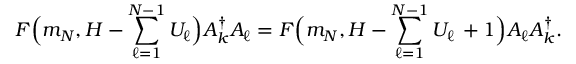
F \Big ( m _ { N } , H - \sum _ { \ell = 1 } ^ { N - 1 } { U } _ { \ell } \Big ) { \cal A } _ { k } ^ { \dagger } { \cal A } _ { \ell } = F \Big ( m _ { N } , H - \sum _ { \ell = 1 } ^ { N - 1 } { U } _ { \ell } \, + 1 \Big ) { \cal A } _ { \ell } { \cal A } _ { k } ^ { \dagger } .